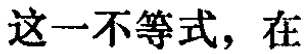
这一不等式，在